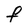
Character: F